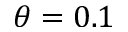
\theta = 0 . 1